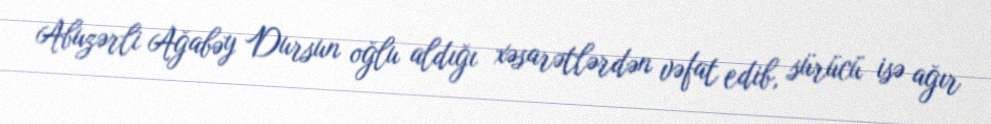
Abuzərli Ağabəy Dursun oğlu aldığı xəsarətlərdən vəfat edib, sürücü isə ağır